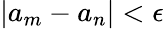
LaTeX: |a_{m}-a_{n}|<\epsilon